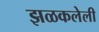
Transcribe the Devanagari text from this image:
झळकलेली